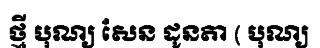
ថ្មី បុណ្យ សែន ដូនតា ( បុណ្យ